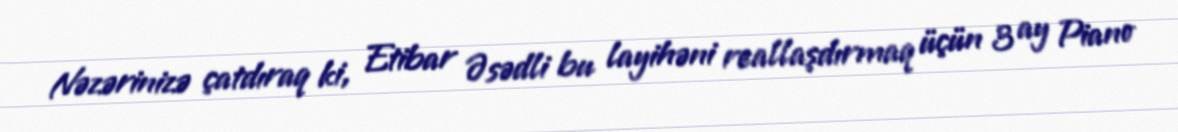
Nəzərinizə çatdıraq ki, Etibar Əsədli bu layihəni reallaşdırmaq üçün 3 ay Piano